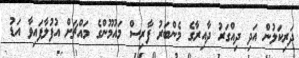
ދަރިކަލުން އަދި ދިއްގަރު ދާއިރާގެ މެންބަރު ފާރިސް މައުމޫންގެ މައްޗަށް އުފުލާފައިވާ އަޑު